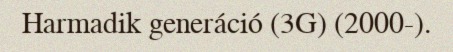
Harmadik generáció (3G) (2000-).